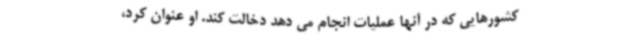
کشورهایی که در آنها عملیات انجام می دهد دخالت کند. او عنوان کرد،